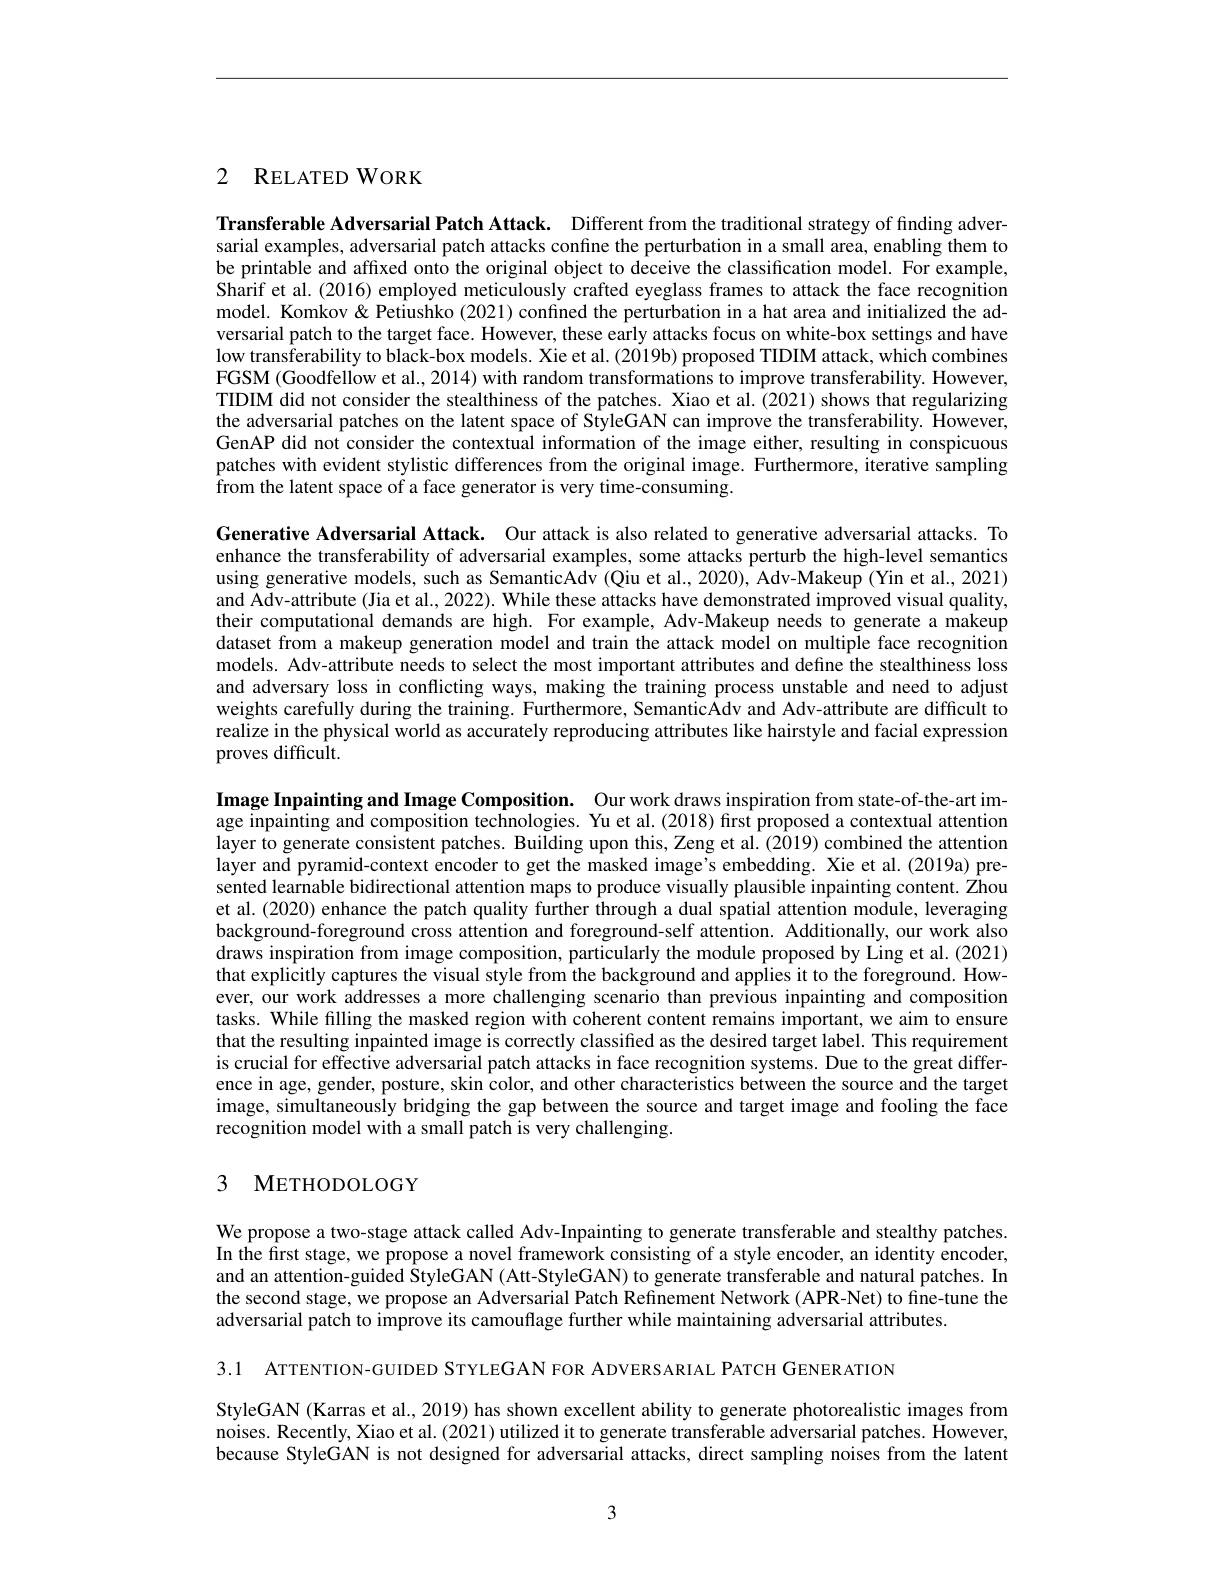
## 2 RELATED WORK

Transferable Adversarial Patch Attack. Different from the traditional strategy of finding adversarial examples, adversarial patch attacks confine the perturbation in a small area, enabling them to be printable and affixed onto the original object to deceive the classification model. For example, Sharif et al. (2016) employed meticulously crafted eyeglass frames to attack the face recognition model. Komkov & Petiushko (2021) confined the perturbation in a hat area and initialized the adversarial patch to the target face. However, these early attacks focus on white-box settings and have low transferability to black-box models. Xie et al. (2019b) proposed TIDIM attack, which combines FGSM (Goodfellow et al., 2014) with random transformations to improve transferability. However, TIDIM did not consider the stealthiness of the patches. Xiao et al. (2021) shows that regularizing the adversarial patches on the latent space of StyleGAN can improve the transferability. However, GenAP did not consider the contextual information of the image either, resulting in conspicuous patches with evident stylistic differences from the original image. Furthermore, iterative sampling from the latent space of a face generator is very time-consuming.

Generative Adversarial Attack. Our attack is also related to generative adversarial attacks. To enhance the transferability of adversarial examples, some attacks perturb the high-level semantics using generative models, such as SemanticAdv (Qiu et al., 2020), Adv-Makeup (Yin et al., 2021) and Adv-attribute (Jia et al., 2022). While these attacks have demonstrated improved visual quality, their computational demands are high. For example, Adv-Makeup needs to generate a makeup dataset from a makeup generation model and train the attack model on multiple face recognition models. Adv-attribute needs to select the most important attributes and define the stealthiness loss and adversary loss in conflicting ways, making the training process unstable and need to adjust weights carefully during the training. Furthermore, SemanticAdv and Adv-attribute are difficult to realize in the physical world as accuirately reproducing attributes like hairstyle and facial expression proves difficult.

Image Inpainting and Image Composition. Our work draws inspiration from state-of-the-art image inpainting and composition technologies. Yu et al.(2018) first proposed a contextual attention layer to generate consistent patches. Building upon this, Zeng et al.(2019) combined the attention layer and pyramid-context encoder to get the masked image's embedding. Xie et al.(2019a) presented learnable bidirectional attention maps to produce visually plausible inpainting content. Zhou et al. (2020) enhance the patch quality further through a dual spatial attention module, leveraging background-foreground cross attention and foreground-self attention. Additionally, our work also draws inspiration from image composition, particularly the module proposed by Ling et al.(2021) that explicitly captures the visual style from the background and applies it to the foreground. However, our work addresses a more challenging scenario than previous inpainting and composition tasks. While filling the masked region with coherent content remains important, we aim to ensure that the resulting inpainted image is correctly classified as the desired target label. This requirement is crucial for effective adversarial patch attacks in face recognition systems. Due to the great difference in age, gender, posture, skin color, and other characteristics between the source and the target image, simultaneously bridging the gap between the source and target image and fooling the face recognition model with a small patch is very challenging.

## 3 METHODOLOGY

We propose a two-stage attack called Adv-Inpainting to generate transferable and stealthy patches. In the first stage, we propose a novel framework consisting of a style encoder, an identity encoder, and an attention-guided StyleGAN (Att-StyleGAN) to generate transferable and natural patches. In the second stage, we propose an Adversarial Patch Refinement Network (APR-Net) to fine-tune the adversarial patch to improve its camouflage further while maintaining adversarial attributes.

3.1 ATTENTION-GUIDED STYLEGAN FOR ADVERSARIAL PATCH GENERATION

StyleGAN (Karras et al., 2019) has shown excellent ability to generate photorealistic images from noises. Recently, Xiao et al. (2021) utilized it to generate transferable adversarial patches. However, because StyleGAN is not designed for adversarial attacks, direct sampling noises from the latent

3